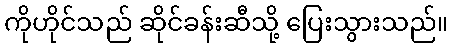
ကိုဟိုင်သည် ဆိုင်ခန်းဆီသို့ ပြေးသွားသည်။